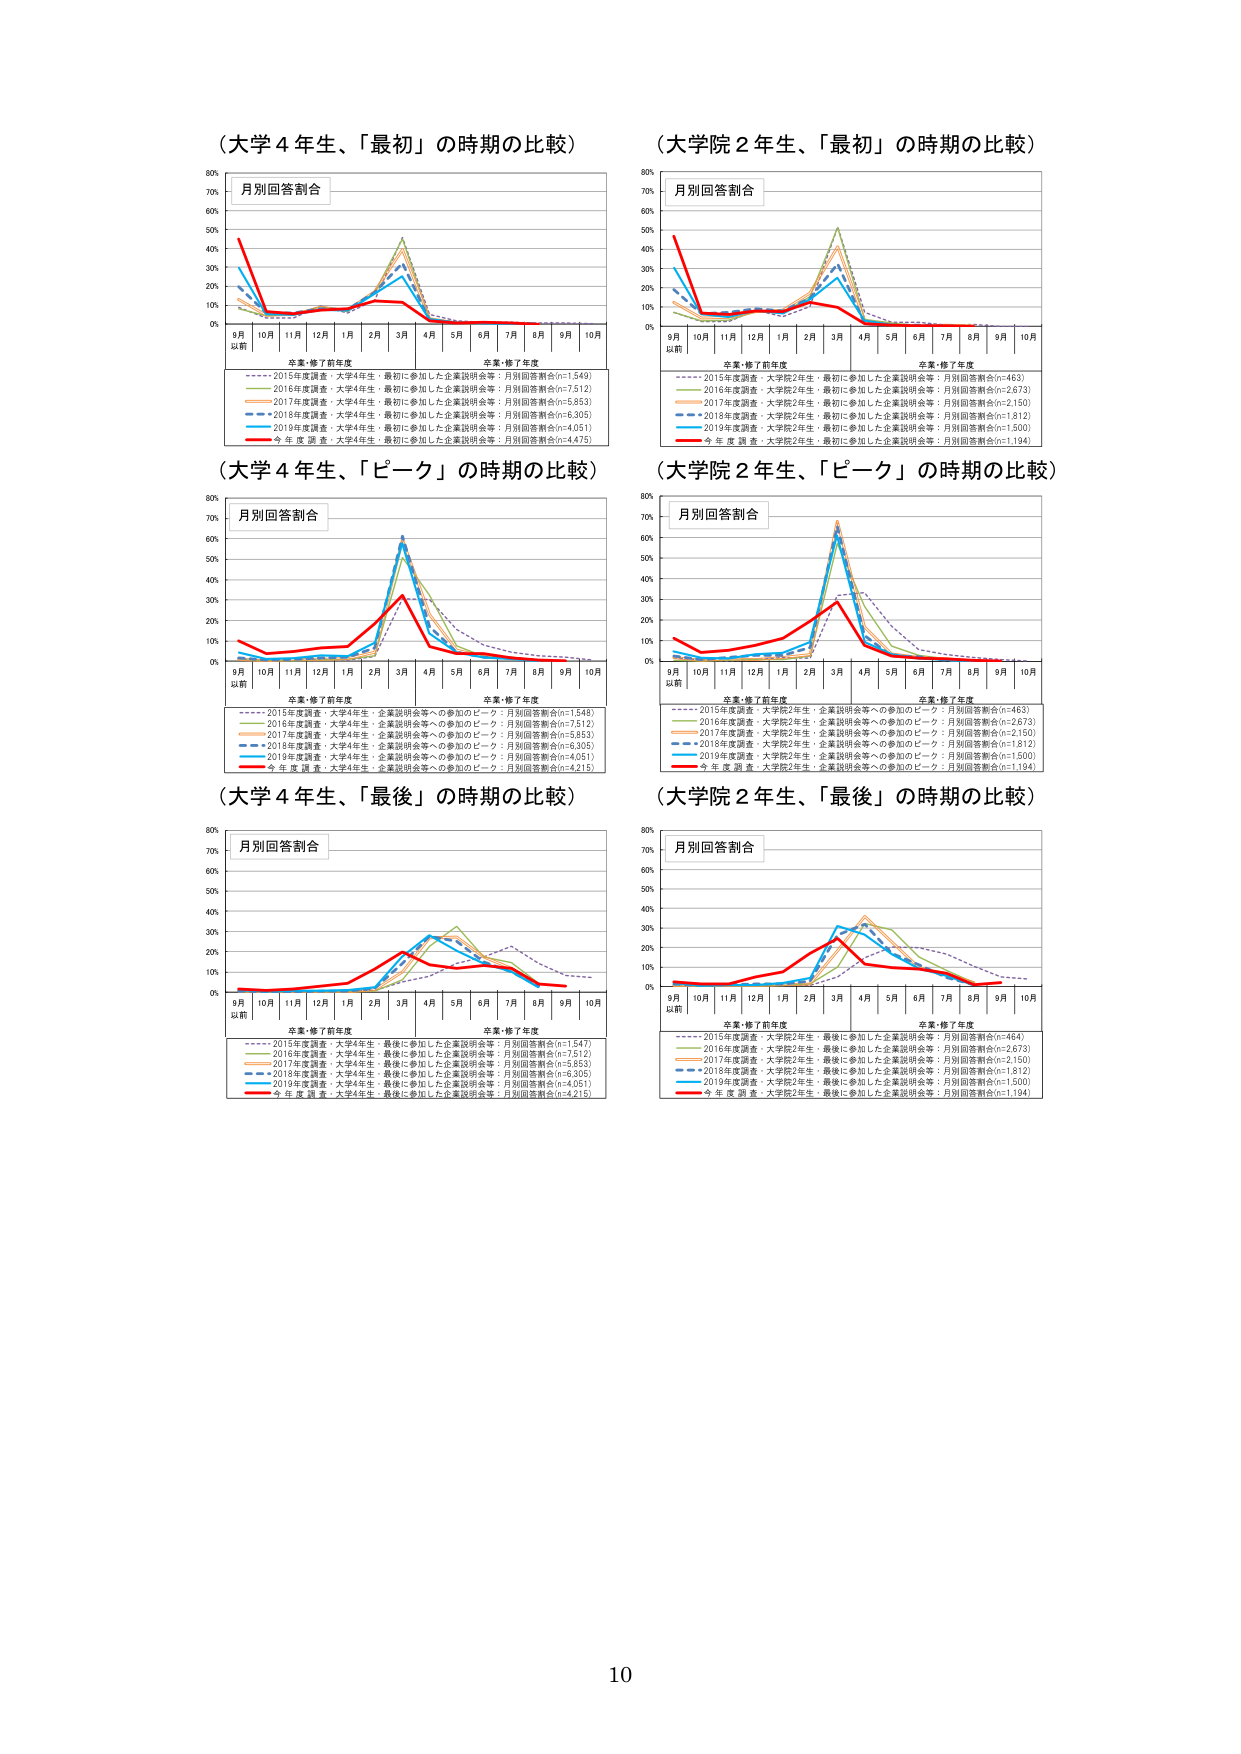
（大学４年生、「最初」の時期の比較）
月別回答割合
9月以前 10月 11月 12月 1月 2月 3月 4月 5月 6月 7月 8月 9月 10月
卒業・修了前年度 卒業・修了年度
---- 2015年度調査・大学4年生・最初に参加した企業説明会等：月別回答割合(n=1,549)
----- 2016年度調査・大学4年生・最初に参加した企業説明会等：月別回答割合(n=7,512)
----- 2017年度調査・大学4年生・最初に参加した企業説明会等：月別回答割合(n=5,853)
----- 2018年度調査・大学4年生・最初に参加した企業説明会等：月別回答割合(n=6,305)
----- 2019年度調査・大学4年生・最初に参加した企業説明会等：月別回答割合(n=4,051)
----- 今年度調査・大学4年生・最初に参加した企業説明会等：月別回答割合(n=4,475)

（大学院２年生、「最初」の時期の比較）
月別回答割合
9月以前 10月 11月 12月 1月 2月 3月 4月 5月 6月 7月 8月 9月 10月
卒業・修了前年度 卒業・修了年度
---- 2015年度調査・大学院2年生・最初に参加した企業説明会等：月別回答割合(n=463)
----- 2016年度調査・大学院2年生・最初に参加した企業説明会等：月別回答割合(n=2,673)
----- 2017年度調査・大学院2年生・最初に参加した企業説明会等：月別回答割合(n=2,150)
----- 2018年度調査・大学院2年生・最初に参加した企業説明会等：月別回答割合(n=1,812)
----- 2019年度調査・大学院2年生・最初に参加した企業説明会等：月別回答割合(n=1,500)
----- 今年度調査・大学院2年生・最初に参加した企業説明会等：月別回答割合(n=1,194)

（大学４年生、「ピーク」の時期の比較）
月別回答割合
9月以前 10月 11月 12月 1月 2月 3月 4月 5月 6月 7月 8月 9月 10月
卒業・修了前年度 卒業・修了年度
---- 2015年度調査・大学4年生・企業説明会等への参加のピーク：月別回答割合(n=1,548)
----- 2016年度調査・大学4年生・企業説明会等への参加のピーク：月別回答割合(n=7,512)
----- 2017年度調査・大学4年生・企業説明会等への参加のピーク：月別回答割合(n=5,853)
----- 2018年度調査・大学4年生・企業説明会等への参加のピーク：月別回答割合(n=6,305)
----- 2019年度調査・大学4年生・企業説明会等への参加のピーク：月別回答割合(n=4,051)
----- 今年度調査・大学4年生・企業説明会等への参加のピーク：月別回答割合(n=4,215)

（大学院２年生、「ピーク」の時期の比較）
月別回答割合
9月以前 10月 11月 12月 1月 2月 3月 4月 5月 6月 7月 8月 9月 10月
卒業・修了前年度 卒業・修了年度
---- 2015年度調査・大学院2年生・企業説明会等への参加のピーク：月別回答割合(n=463)
----- 2016年度調査・大学院2年生・企業説明会等への参加のピーク：月別回答割合(n=2,673)
----- 2017年度調査・大学院2年生・企業説明会等への参加のピーク：月別回答割合(n=2,150)
----- 2018年度調査・大学院2年生・企業説明会等への参加のピーク：月別回答割合(n=1,812)
----- 2019年度調査・大学院2年生・企業説明会等への参加のピーク：月別回答割合(n=1,500)
----- 今年度調査・大学院2年生・企業説明会等への参加のピーク：月別回答割合(n=1,194)

（大学４年生、「最後」の時期の比較）
月別回答割合
9月以前 10月 11月 12月 1月 2月 3月 4月 5月 6月 7月 8月 9月 10月
卒業・修了前年度 卒業・修了年度
---- 2015年度調査・大学4年生・最後に参加した企業説明会等：月別回答割合(n=1,547)
----- 2016年度調査・大学4年生・最後に参加した企業説明会等：月別回答割合(n=7,512)
----- 2017年度調査・大学4年生・最後に参加した企業説明会等：月別回答割合(n=5,852)
----- 2018年度調査・大学4年生・最後に参加した企業説明会等：月別回答割合(n=6,305)
----- 2019年度調査・大学4年生・最後に参加した企業説明会等：月別回答割合(n=4,051)
----- 今年度調査・大学4年生・最後に参加した企業説明会等：月別回答割合(n=4,215)

（大学院２年生、「最後」の時期の比較）
月別回答割合
9月以前 10月 11月 12月 1月 2月 3月 4月 5月 6月 7月 8月 9月 10月
卒業・修了前年度 卒業・修了年度
---- 2015年度調査・大学院2年生・最後に参加した企業説明会等：月別回答割合(n=464)
----- 2016年度調査・大学院2年生・最後に参加した企業説明会等：月別回答割合(n=2,673)
----- 2017年度調査・大学院2年生・最後に参加した企業説明会等：月別回答割合(n=2,150)
----- 2018年度調査・大学院2年生・最後に参加した企業説明会等：月別回答割合(n=1,812)
----- 2019年度調査・大学院2年生・最後に参加した企業説明会等：月別回答割合(n=1,500)
----- 今年度調査・大学院2年生・最後に参加した企業説明会等：月別回答割合(n=1,194)

10